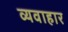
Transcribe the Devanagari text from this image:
व्यवाहार